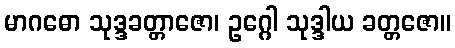
မာဂဓော သုဒ္ဒခတ္တာဇော၊ ဥဂ္ဂေါ သုဒ္ဒါယ ခတ္တဇော။